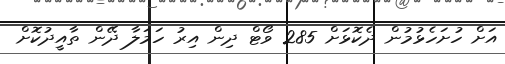
އަށް ހުށަހެޅުމުން ދެކޮޅަށް 285 ވޯޓް ދިން އިރު ހަމަލާ ދޭން ތާއީދުކޮށް